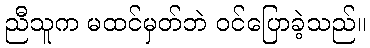
ညီသူက မထင်မှတ်ဘဲ ဝင်ပြောခဲ့သည်။